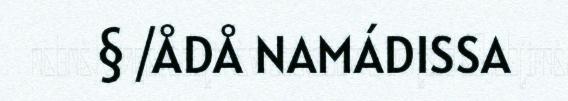
§ /ÅDÅ NAMÁDISSA